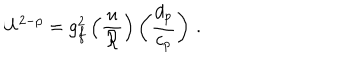
LaTeX: U ^ { 2 - p } = g _ { f } ^ { 2 } \left( { \frac { u } { \cal R } } \right) \left( { \frac { d _ { p } } { c _ { p } } } \right) \, .